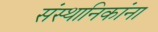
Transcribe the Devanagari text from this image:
संस्थानिकांना